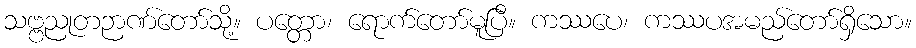
သဗ္ဗညုတဉာဏ်တော်သို့။ ပတ္တော၊ ရောက်တော်မူပြီ။ ကဿပေ၊ ကဿပအမည်တော်ရှိသော။